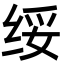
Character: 绥